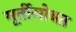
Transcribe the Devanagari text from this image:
मूर्तीसोबत